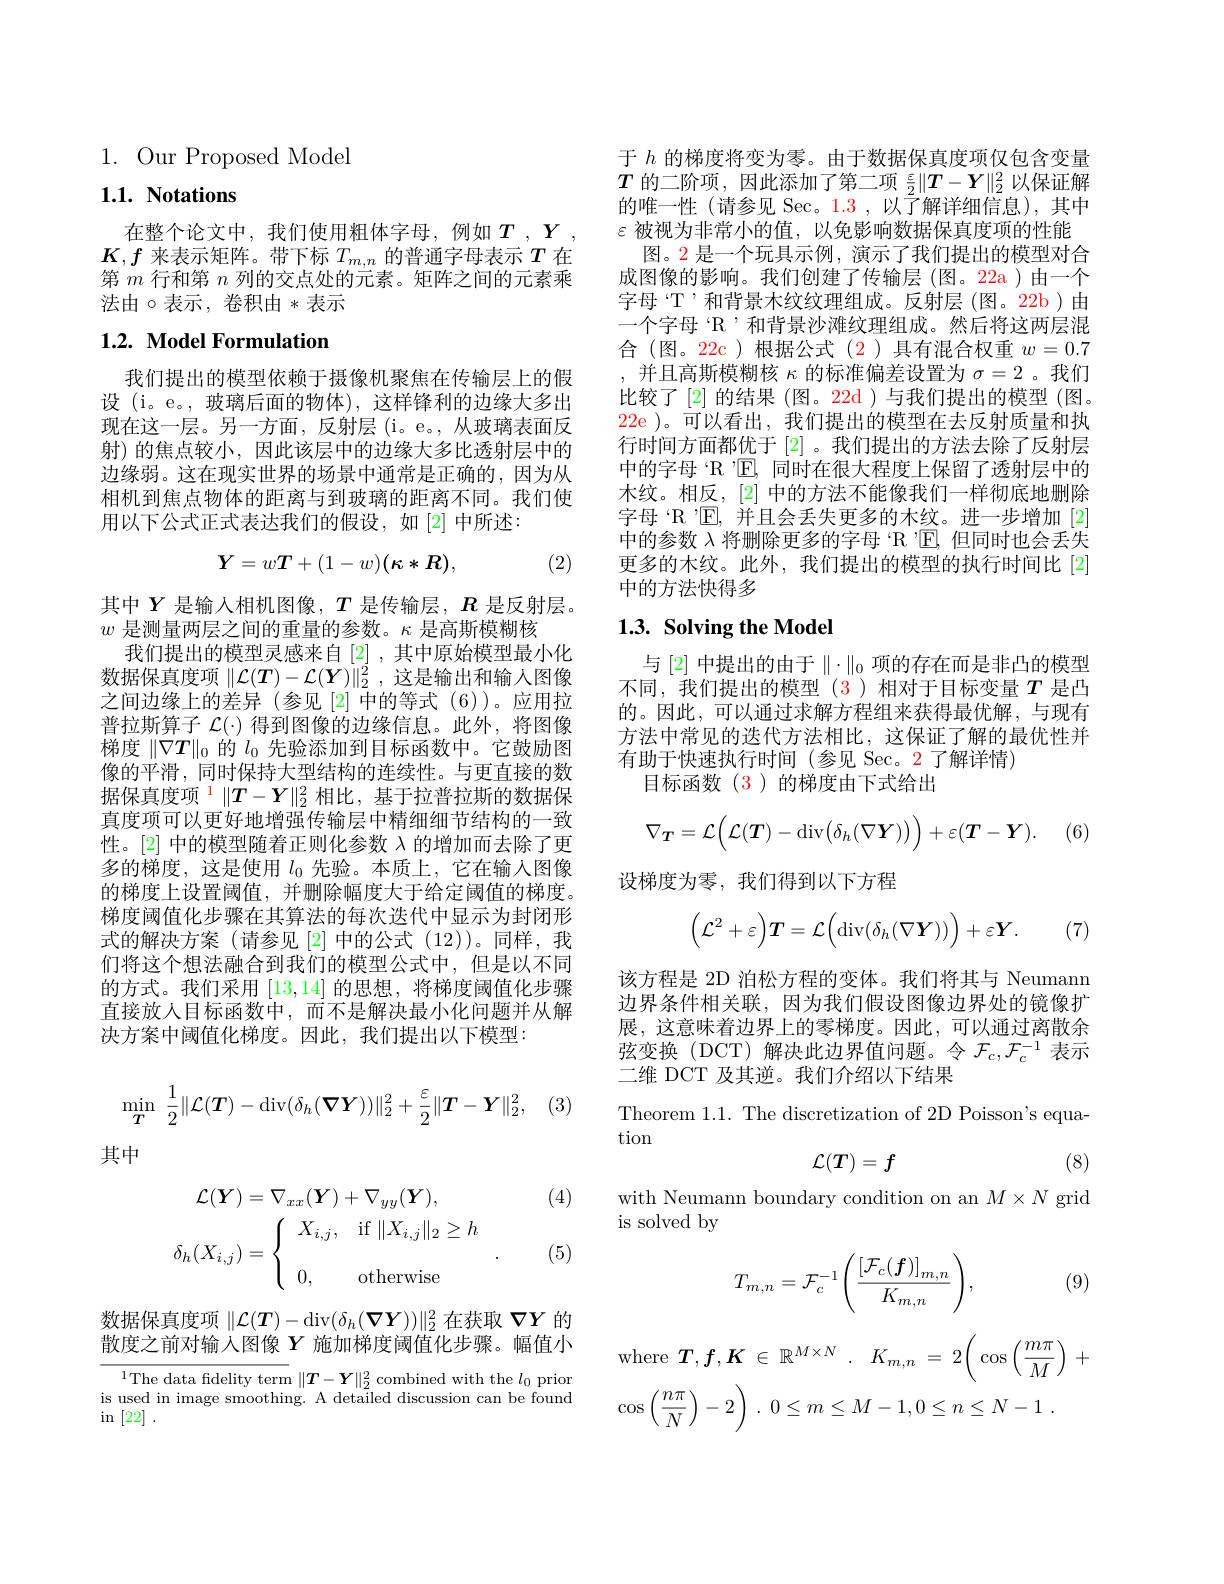
1. Our Proposed Model

## $1. 1. \textbf{ Notations}$

在整个论文中，我们使用粗体字母，例如$T,Y$ $K,f$来表示矩阵。带下标$T_m,n$的普通字母表示$T$在第$m$行和第$n$列的交点处的元素。矩阵之间的元素乘法由$\circ$表示，卷积由*表示

## 1.2. Model Formulation

我们提出的模型依赖于摄像机聚焦在传输层上的假设 (i。e。, 玻璃后面的物体), 这样锋利的边缘大多出现在这一层。另一方面，反射层(i。e。,从玻璃表面反射)的焦点较小，因此该层中的边缘大多比透射层中的边缘弱。这在现实世界的场景中通常是正确的，因为从相机到焦点物体的距离与到玻璃的距离不同。我们使用以下公式正式表达我们的假设，如[2]中所述：
$$\boldsymbol{Y}=w\boldsymbol{T}+(1-w)(\kappa*R),$$
其中$Y$是输入相机图像，$T$是传输层，$R$是反射层。
$w$是测量两层之间的重量的参数。$\kappa$是高斯模糊核
我们提出的模型灵感来自[2],其中原始模型最小化数据保真度项$\|\mathcal{L}(T)-\mathcal{L}(Y)\|_2^2$,这是输出和输入图像之间边缘上的差异(参见[2]中的等式(6))。应用拉普拉斯算子$\mathcal{L}(\cdot)$得到图像的边缘信息。此外，将图像梯度$\|\nabla T\|_0$的$l_{0}$先验添加到目标函数中。它鼓励图像的平滑，同时保持大型结构的连续性。与更直接的数据保真度项$^1\|T-Y\|_2^2$相比，基于拉普拉斯的数据保真度项可以更好地增强传输层中精细细节结构的一致性。[2] 中的模型随着正则化参数$\lambda$的增加而去除了更多的梯度，这是使用$l_{0}$先验。本质上，它在输入图像的梯度上设置阈值，并删除幅度大于给定阈值的梯度。梯度阈值化步骤在其算法的每次迭代中显示为封闭形式的解决方案 (请参见[2]中的公式 (12))。同样，我们将这个想法融合到我们的模型公式中，但是以不同的方式。我们采用[13,14]的思想，将梯度阈值化步骤直接放人目标函数中，而不是解决最小化问题并从解决方案中阈值化梯度。因此，我们提出以下模型：

, (3
$$\min_{\boldsymbol{T}}\:\frac{1}{2}\|\mathcal{L}(\boldsymbol{T})-\mathrm{div}(\delta_h(\boldsymbol{\nabla}\boldsymbol{Y}))\|_2^2+\frac{\varepsilon}{2}\|\boldsymbol{T}-\boldsymbol{Y}\|_2^2,$$
其中

(4)
$$\begin{aligned}\mathcal{L}(\boldsymbol{Y})&=\nabla_{xx}(\boldsymbol{Y})+\nabla_{yy}(\boldsymbol{Y}),\\\delta_{h}(X_{i,j})&=\left\{\begin{array}{ll}X_{i,j},&\mathrm{if}\:\|X_{i,j}\|_2\geq h\\\\0,&\mathrm{otherwise}\end{array}\right.\end{aligned}$$
(5)

数据保真度项$\|\mathcal{L}(T)-\operatorname{div}(\delta_h(\boldsymbol{\nabla Y}))\|_2^2$在获取$\nabla Y$的散度之前对输入图像$Y$施加梯度阈值化步骤。幅值小

$^{1}$The data fidelity term $\|\boldsymbol{T}-\boldsymbol{Y}\|_2^2$ combined with the $l_0$ prior is used in image smoothing. A detailed discussion can be found in[22] .

于$h$的梯度将变为零。由于数据保真度项仅包含变量$T$的二阶项，因此添加了第二项$\frac\varepsilon2\|\boldsymbol{T}-\boldsymbol{Y}\|_2^2$以保证解的唯一性(请参见 Sec。1.3 ,以了解详细信息),其中$\varepsilon$被视为非常小的值，以免影响数据保真度项的性能
图。2 是一个玩具示例，演示了我们提出的模型对合成图像的影响。我们创建了传输层(图。22a)由一个字母“T’和背景木纹纹理组成。反射层(图。22b)由一个字母“R’和背景沙滩纹理组成。然后将这两层混合(图。22c)根据公式(2)具有混合权重$w=0.7$ ,并且高斯模糊核$\kappa$的标准偏差设置为$\sigma=2$ 。我们比较了[2]的结果(图。22d)与我们提出的模型(图。22e )。可以看出，我们提出的模型在去反射质量和执行时间方面都优于 [2] 。我们提出的方法去除了反射层中的字母“R”E, 同时在很大程度上保留了透射层中的木纹。相反，[2] 中的方法不能像我们一样彻底地删除字母“R”$\mathbb{E}$,并且会丢失更多的木纹。进一步增加[2] 中的参数$\lambda$将删除更多的字母 ‘R’E,但同时也会丢失更多的木纹。此外，我们提出的模型的执行时间比[2] 中的方法快得多

## $1. 3. \textbf{Solving the Model}$

与[2]中提出的由于$\|\cdot\|_0$项的存在而是非凸的模型不同，我们提出的模型(3)相对于目标变量$T$是凸的。因此，可以通过求解方程组来获得最优解，与现有方法中常见的迭代方法相比，这保证了解的最优性并有助于快速执行时间(参见 Sec。2了解详情)
目标函数(3)的梯度由下式给出
$$\nabla_{\boldsymbol{T}}=\mathcal{L}\Big(\mathcal{L}(\boldsymbol{T})-\mathrm{div}\big(\delta_{h}(\nabla\boldsymbol{Y})\big)\Big)+\varepsilon(\boldsymbol{T}-\boldsymbol{Y}).$$
(6)

设梯度为零，我们得到以下方程
$$\Big(\mathcal{L}^2+\varepsilon\Big)\boldsymbol{T}=\mathcal{L}\Big(\operatorname{div}(\delta_h(\nabla\boldsymbol{Y}))\Big)+\varepsilon\boldsymbol{Y}.$$
(7)

该方程是 2D 泊松方程的变体。我们将其与 Neumann 边界条件相关联，因为我们假设图像边界处的镜像扩展，这意味着边界上的零梯度。因此，可以通过离散余弦变换(DCT)解决此边界值问题。令$\mathcal{F}_c,\mathcal{F}_c^{-1}$表示二维 DCT 及其逆。我们介绍以下结果

Theorem 1.1. The discretization of 2D Poisson's equa-
tion
$$\mathcal{L}(T)=f$$
(8)

with Neumann boundary condition on an $M\times N$ grid
is solved by
$$T_{m,n}=\mathcal{F}_c^{-1}\Bigg(\frac{\left[\mathcal{F}_c(\boldsymbol{f})\right]_{m,n}}{K_{m,n}}\Bigg),$$
(9)
$$\mathrm{where}\:\boldsymbol{T},\boldsymbol{f},\boldsymbol{K}\:\in\:\mathbb{R}^{M\times N}\:.\quad K_{m,n}\:=\:2\bigg(\:\cos\bigg(\frac{m\pi}{M}\bigg)\:+\\\cos\left(\frac{n\pi}{N}\right)-2\bigg)\:.\:0\leq m\leq M-1,0\leq n\leq N-1\:.$$